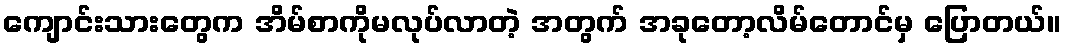
ကျောင်းသားတွေက အိမ်စာကိုမလုပ်လာတဲ့ အတွက် အခုတော့လိမ်တောင်မှ ပြောတယ်။